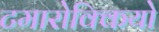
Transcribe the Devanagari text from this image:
टमारोक्कियो